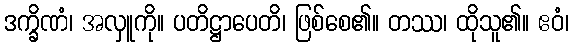
ဒက္ခိဏံ၊ အလှူကို။ ပတိဋ္ဌာပေတိ၊ ဖြစ်စေ၏။ တဿ၊ ထိုသူ၏။ ဧဝံ၊